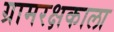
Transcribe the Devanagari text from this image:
ग्रामरक्षकाला